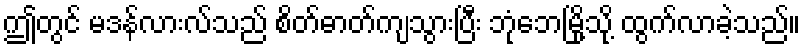
ဤတွင် မဒန်လားလ်သည် စိတ်ဓာတ်ကျသွားပြီး ဘုံဘေမြို့သို့ ထွက်လာခဲ့သည်။